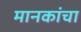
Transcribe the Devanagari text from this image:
मानकांचा